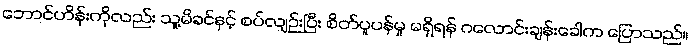
ဘောင်ဟိန်းကိုလည်း သူ့မိခင်နှင့် စပ်လျဉ်းပြီး စိတ်ပူပန်မှု မရှိရန် ဂလောင်းချန်းခေါက ပြောသည်။